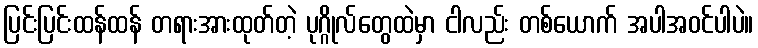
ပြင်းပြင်းထန်ထန် တရားအားထုတ်တဲ့ ပုဂ္ဂိုလ်တွေထဲမှာ ငါလည်း တစ်ယောက် အပါအဝင်ပါပဲ။